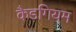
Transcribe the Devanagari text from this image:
कैडगियम